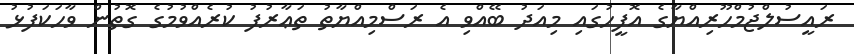
ރައީސުލްޖުމްހޫރިއްޔާގެ އޮފީހުގައި މިއަދު ބޭއްވި އެ ރަސްމިއްޔާތު ތަޢާރުފު ކުރެއްވުމުގެ ގޮތުން ވާހަކަފުޅު